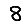
Digit: 8